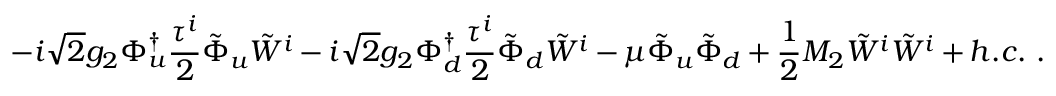
- i { \sqrt 2 } g _ { 2 } \Phi _ { u } ^ { \dagger } { \frac { \tau ^ { i } } { 2 } } { \tilde { \Phi } } _ { u } { \tilde { W } } ^ { i } - i { \sqrt 2 } g _ { 2 } \Phi _ { d } ^ { \dagger } { \frac { \tau ^ { i } } { 2 } } { \tilde { \Phi } } _ { d } { \tilde { W } } ^ { i } - \mu { \tilde { \Phi } } _ { u } { \tilde { \Phi } } _ { d } + { \frac { 1 } { 2 } } M _ { 2 } { \tilde { W } } ^ { i } { \tilde { W } } ^ { i } + h . c . \ .